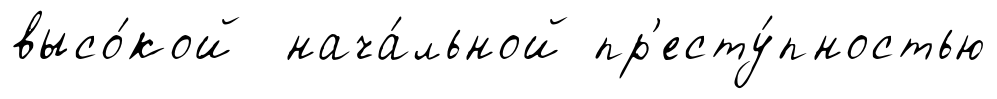
высо́кой нача́льной пр'есту́пностью